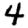
Digit: 4